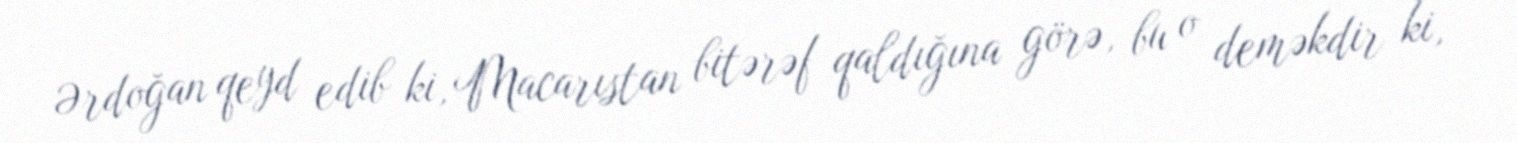
Ərdoğan qeyd edib ki, Macarıstan bitərəf qaldığına görə, bu o deməkdir ki,